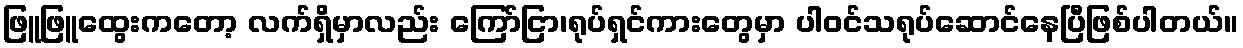
ဖြူဖြူထွေးကတော့ လက်ရှိမှာလည်း ကြော်ငြာ၊ရုပ်ရှင်ကားတွေမှာ ပါဝင်သရုပ်ဆောင်နေပြီဖြစ်ပါတယ်။